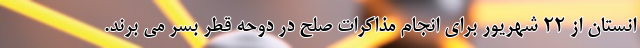
انستان از 22 شهریور برای انجام مذاکرات صلح در دوحه قطر بسر می برند.